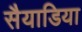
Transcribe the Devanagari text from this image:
सैयाडिया